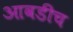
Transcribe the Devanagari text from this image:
आवडीच